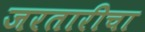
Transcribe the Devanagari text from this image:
जरतारीचा